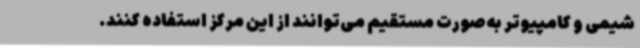
شیمی و کامپیوتر به‌صورت مستقیم می‌توانند از این مرکز استفاده کنند.